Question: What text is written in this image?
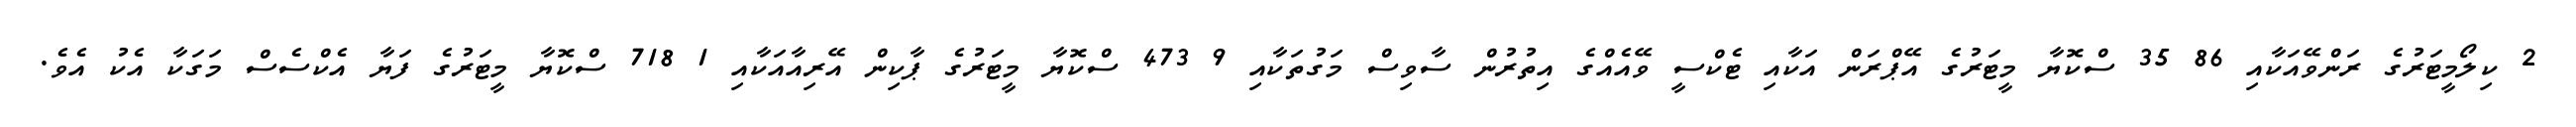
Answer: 2 ކިލޯމީޓަރުގެ ރަންވޭއަކާއި 86 35 ސްކޮޔާ މީޓަރުގެ އޭޕްރަން އަކާއި ޓެކްސީ ވޭއެއްގެ އިތުރުން ސާވިސް މަގުތަކާއި 9 473 ސްކޮޔާ މީޓަރުގެ ޕާކިން އޭރިއާއަކާއި 1 718 ސްކޮޔާ މީޓަރުގެ ފަޔާ އެކްސެސް މަގަކާ އެކު އެވެ.